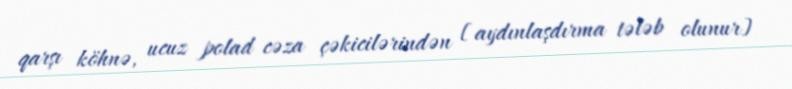
qarşı köhnə, ucuz polad cəza çəkicilərindən [aydınlaşdırma tələb olunur]